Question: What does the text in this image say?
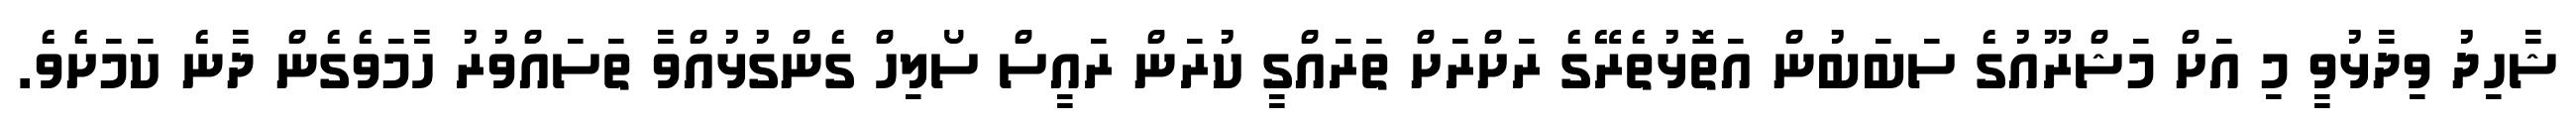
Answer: ޝާހިދު ވިދާޅުވީ މި އަށް މަޝްރޫއުގެ ސަބަބުން އަތޮޅުތެރޭގެ ރަށްރަށް ތަރައްގީ ކުރަން ރައީސް ސޯލިހް ގެންގުޅުއްވާ ތަސައްވުރު ހާމަވެގެން ދާނެ ކަމަށެވެ.